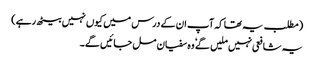
(مطلب یہ تھا کہ آپ ان کے درس میں کیوں نہیں بیٹھ رہے)
یہ شافعی نہیں ملیں گے ٗ وہ سفیان مل جائیں گے۔